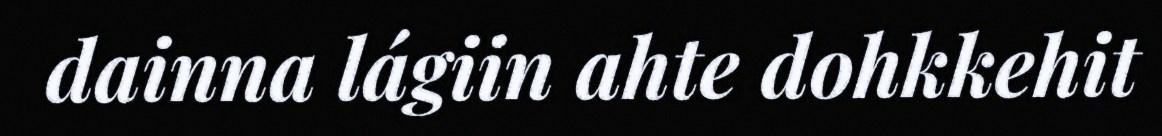
dainna lágiin ahte dohkkehit